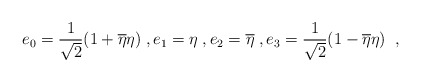
\begin{align*}e_0 ={1\over{\sqrt{2}}}(1 +{\overline{\eta }}\eta ) \;,e_1=\eta \;,e_2=\overline{\eta } \;,e_3={1\over{\sqrt{2}}}(1-{\overline{\eta }}\eta )\;\;,\end{align*}